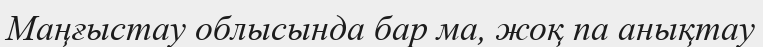
Маңғыстау облысында бар ма, жоқ па анықтау